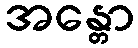
အန္တော